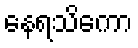
နေရသိကော